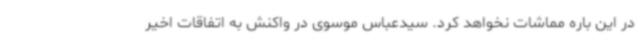
در این باره مماشات نخواهد کرد. سیدعباس موسوی در واکنش به اتفاقات اخیر